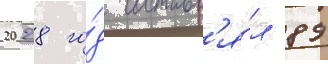
2028 го́д составл'я́л 89